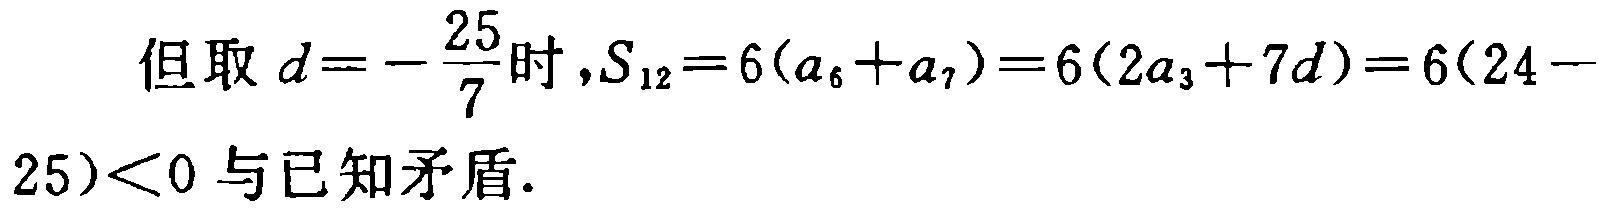
但取 \(d = -\frac{25}{7}\)时，\(S_{12} = 6(a_{6} + a_{7}) = 6(2a_{3} + 7d)=6(24 - 25)<0\) 与已知矛盾.